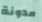
مدونة